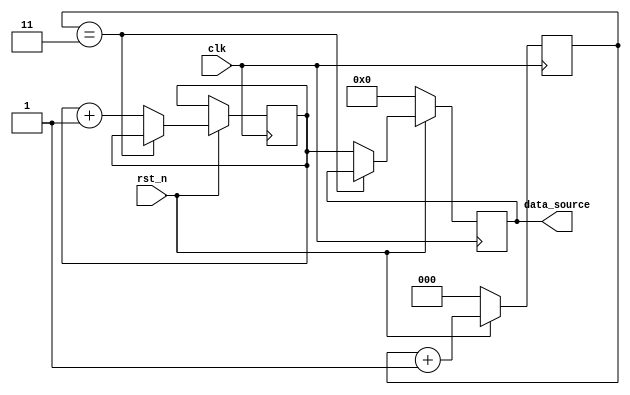
`timescale 1ns/1ns

module data_gen_counter #
	(
		parameter integer DATA_WIDTH = 24
	)
	(
		input wire rst_n,
		input wire clk,
		output reg [DATA_WIDTH - 1:0] data_source = 0
	);

	reg [DATA_WIDTH - 1:0] index = 0;

	reg [2 : 0] i = 0;
	always @(posedge clk) begin
		if(rst_n == 0) begin
			data_source <= 0;
			i <= 0;
		end
		else begin
			if(i == 3) begin
			end
			else begin
				data_source <= index;
				index <= index + 1;
			end
			i <= i + 1;
		end
	end
endmodule